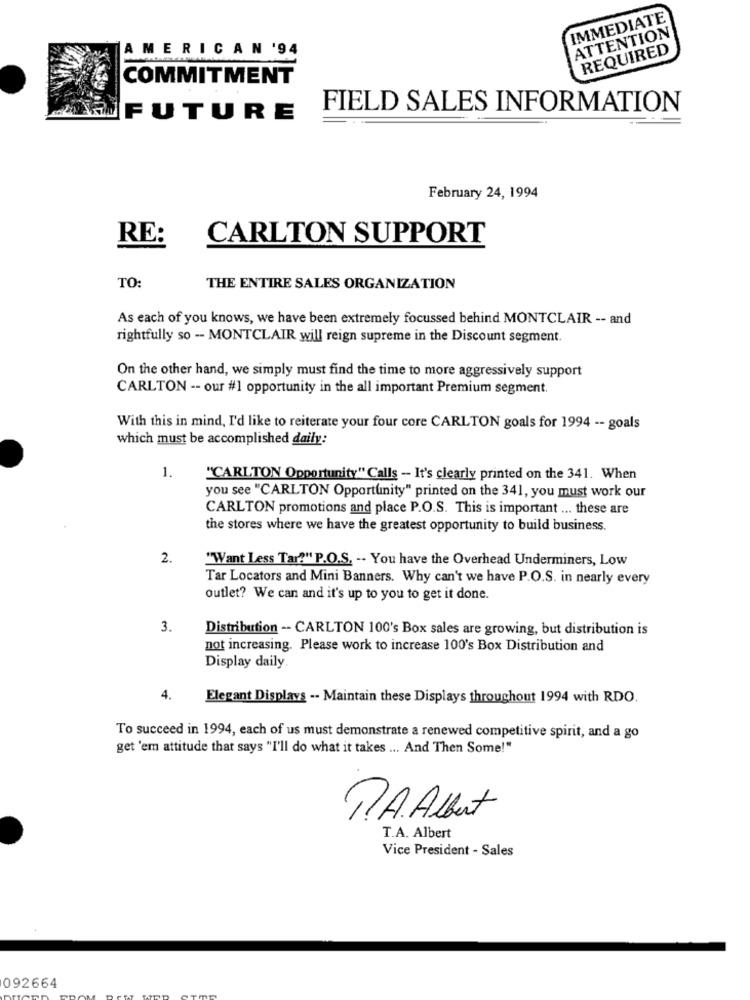
IMMEDIATE
ATTENTION
AMERICAN '94
REQUIRED
COMMITMENT
FIELD SALES INFORMATION
FUTURE
February 24, 1994
RE:
CARLTON SUPPORT
TO:
THE ENTIRE SALES ORGANIZATION
As each of you knows, we have been extremely focussed behind MONTCLAIR -- and
rightfully so - MONTCLAIR will reign supreme in the Discount segment.
On the other hand, we simply must find the time to more aggressively support
CARLTON -- our #1 opportunity in the all important Premium segment.
With this in mind, I'd like to reiterate your four core CARLTON goals for 1994 -- goals
which must be accomplished daily:
1.
"CARLTON Opportunity" Calls -- It's clearly printed on the 341. When
you see "CARLTON Opportunity" printed on the 341, you must work our
CARLTON promotions and place P.O.S. This is important ... these are
the stores where we have the greatest opportunity to build business.
2.
"Want Less Tar?" P.O.S. -- You have the Overhead Underminers, Low
Tar Locators and Mini Banners. Why can't we have P.O.S. in nearly every
outlet? We can and it's up to you to get it done.
3.
Distribution -- CARLTON 100's Box sales are growing, but distribution is
not increasing. Please work to increase 100's Box Distribution and
Display daily.
4.
Elegant Displays -- Maintain these Displays throughout 1994 with RDO.
To succeed in 1994, each of us must demonstrate a renewed competitive spirit, and a go
get 'em attitude that says "I'll do what it takes ... And Then Some!"
P.A. Albert
T.A. Albert
Vice President - Sales
092664